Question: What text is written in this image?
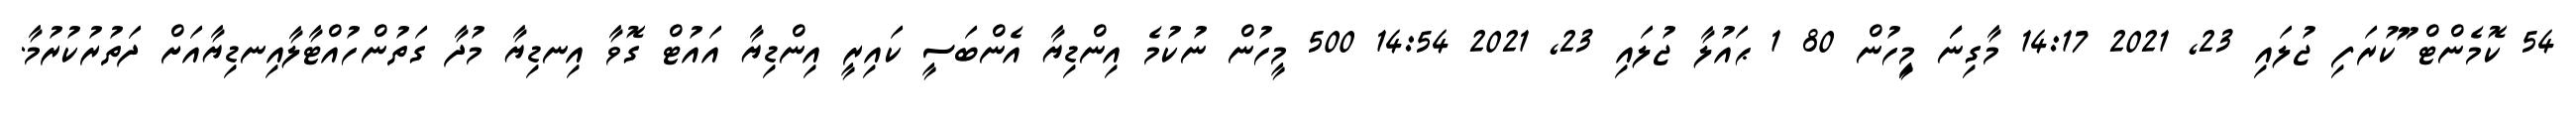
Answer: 54 ކޮމެންޓް ޫުކުރަފި ޖުލައި 23, 2021 14:17 މާގިނަަަ މިިީހުން 80 1 ޙައުލާ ޖުލައި 23, 2021 14:54 500 މީހުން ނުކުމެ އިންޑިޔާ އެންބަސީ ކައިރީ އިންޑިޔާ އައުޓް ގޮވާ އިނޑިޔާ މުދާ ގަތުންހުއްޓާލާއިނޑިޔާއަށް ދަތުރުކުރުމާ.